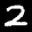
Label: 2